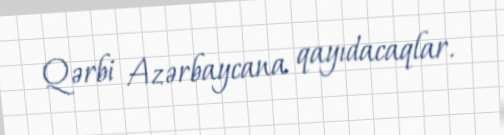
Qərbi Azərbaycana qayıdacaqlar.